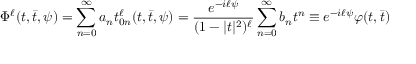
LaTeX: \Phi ^ { \ell } ( t , \bar { t } , \psi ) = \sum _ { n = 0 } ^ { \infty } a _ { n } t _ { 0 n } ^ { \ell } ( t , \bar { t } , \psi ) = \frac { e ^ { - i \ell \psi } } { ( 1 - | t | ^ { 2 } ) ^ { \ell } } \sum _ { n = 0 } ^ { \infty } b _ { n } t ^ { n } \equiv e ^ { - i \ell \psi } \varphi ( t , \bar { t } ) \,